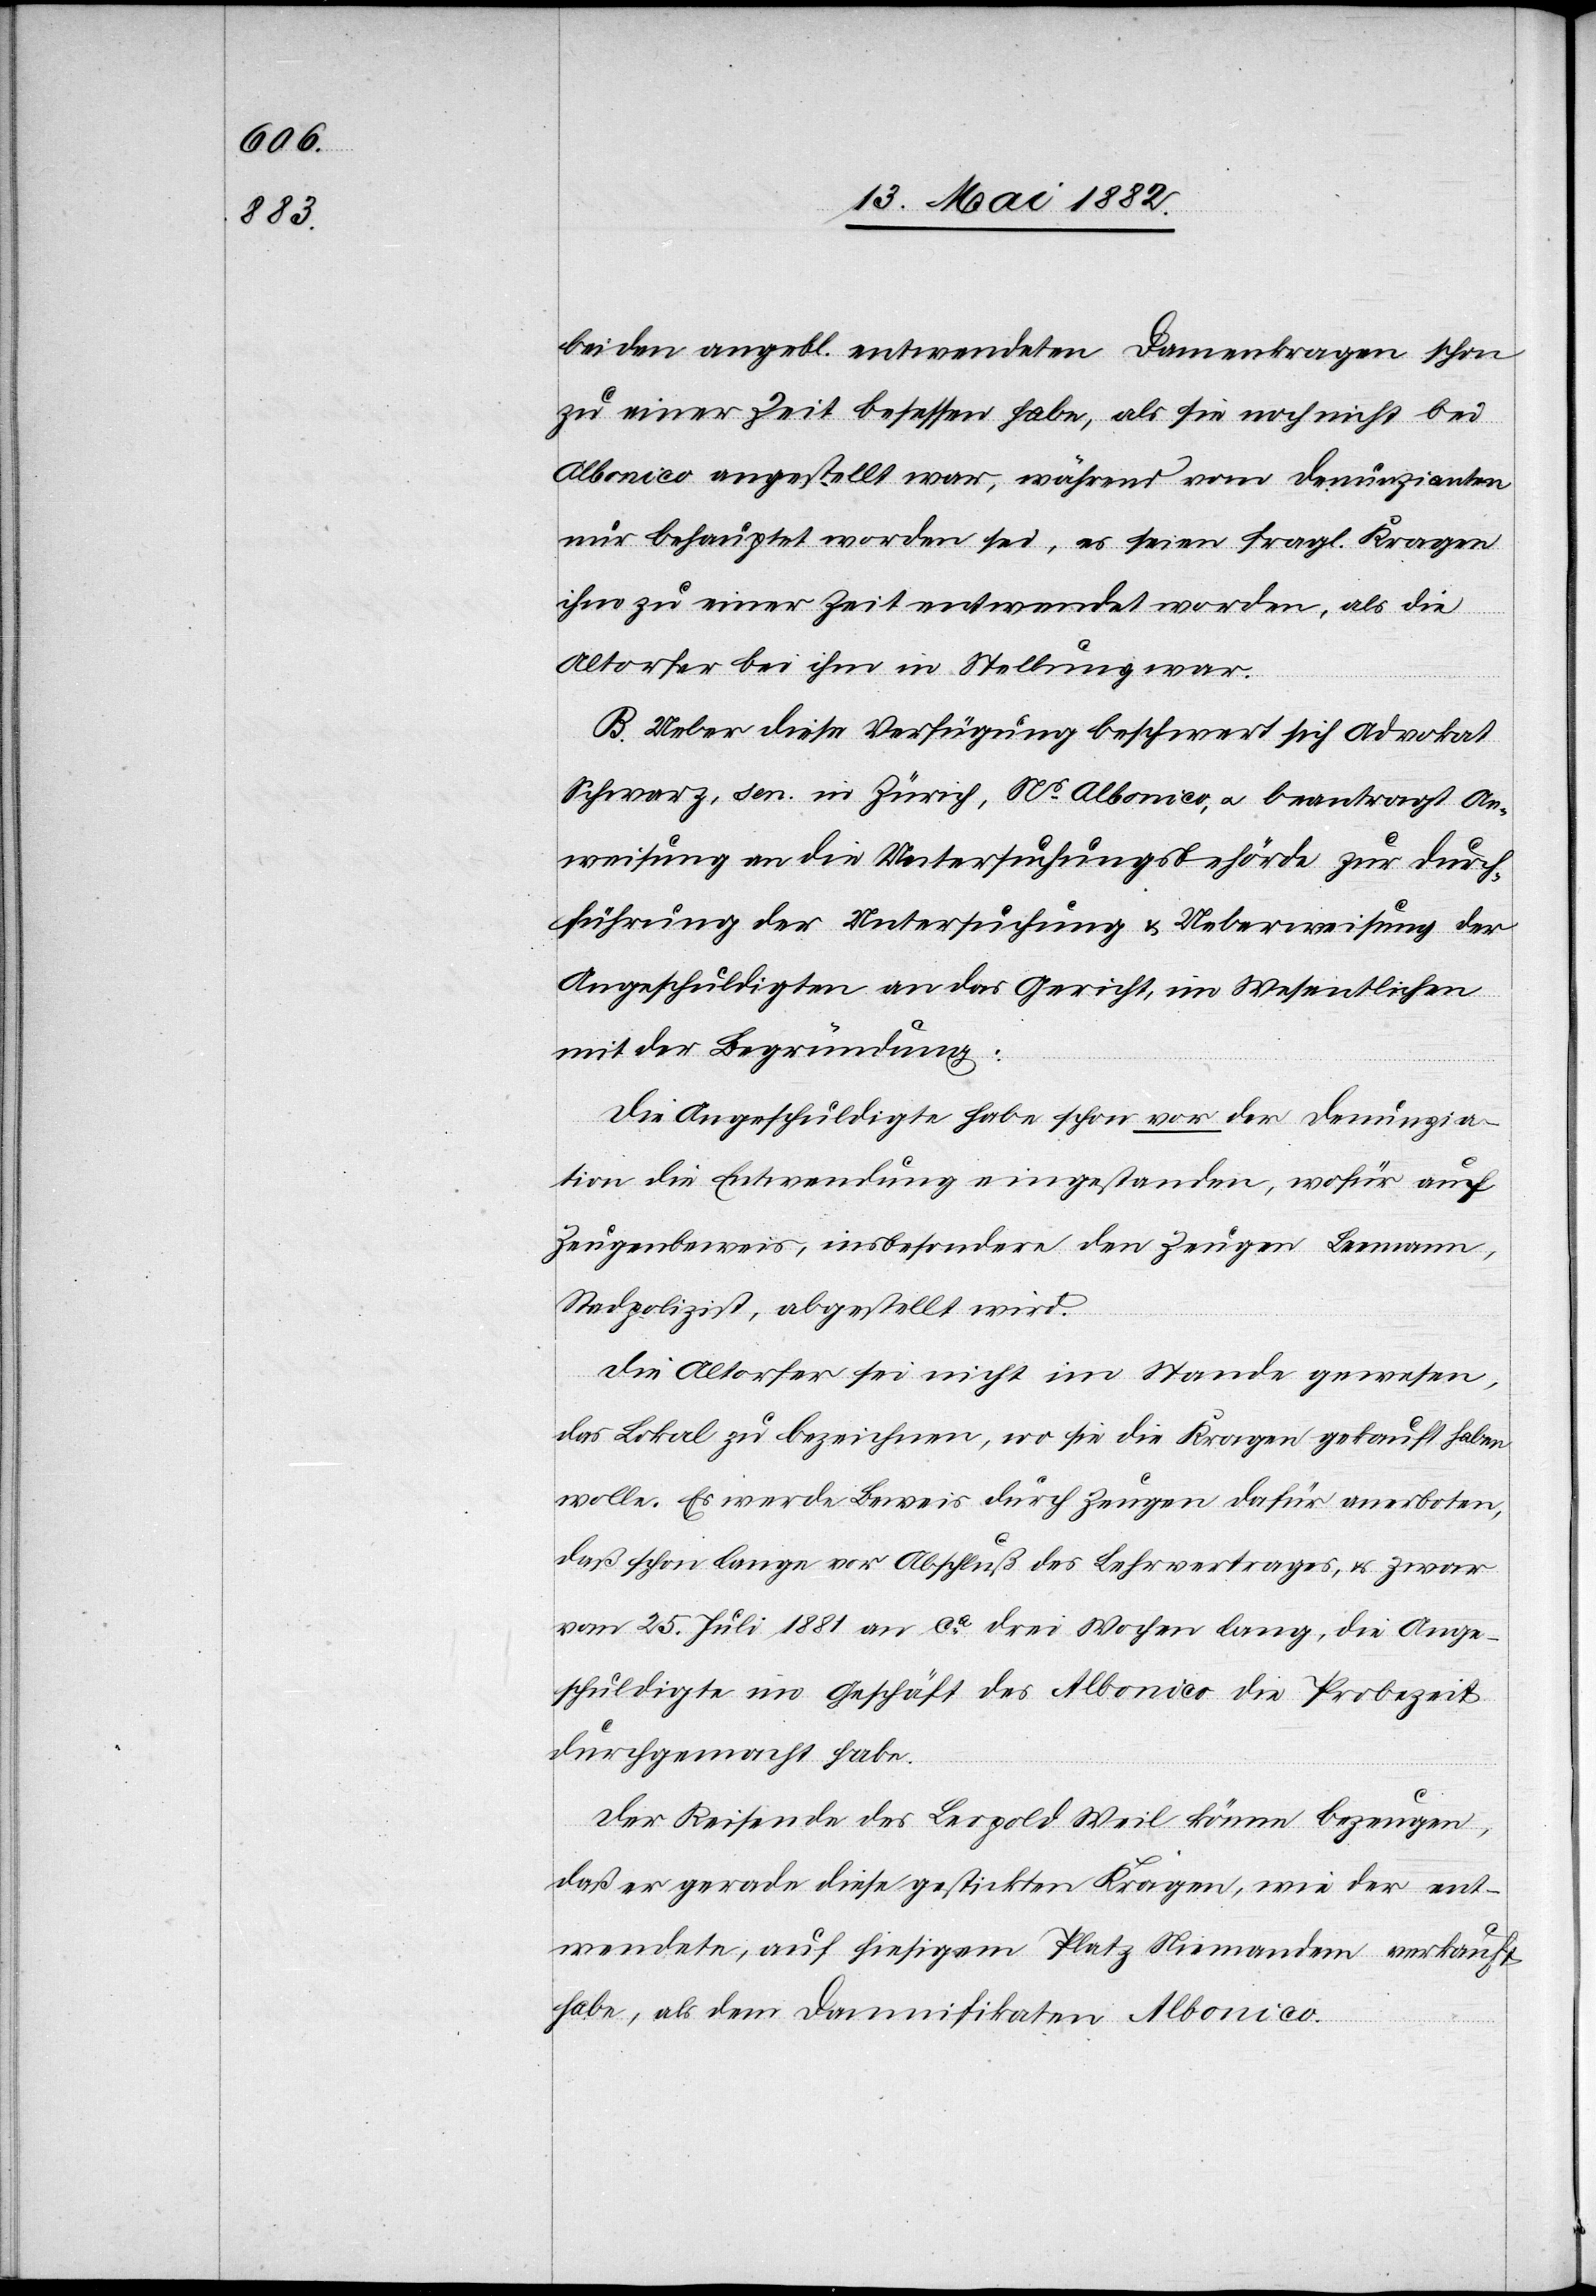
beiden angebl. entwendeten Damenkragen schon
zu einer Zeit besessen habe, als sie noch nicht bei
Albonico angestellt war, während vom Denunzianten
nur behauptet worden sei, es seien fragl. Kragen
ihm zu einer Zeit entwendet worden, als die
Altorfer bei ihm in Stellung war.
B. Ueber diese Verfügung beschwert sich Advokat
Schwarz, sen. in Zürich, Ns Albonico, u. beantragt An¬
weisung an die Untersuchungsbehörde zur Durch¬
führung der Untersuchung & Ueberweisung der
Angeschuldigten an das Gericht, im Wesentlichen
mit der Begründung:
Die Angeschuldigte habe schon vor der Denunzia¬
tion die Entwendung eingestanden, wofür auf
Zeugenbeweis, insbesondere den Zeugen Leemann,
Stadtpolizist, abgestellt wird.
Die Altorfer sei nicht im Stande gewesen,
das Lokal zu bezeichnen, wo sie die Kragen gekauft haben
wolle. Es werde Beweis durch Zeugen dafür anerboten,
daß schon lange vor Abeschluß des Lehrvertrages, & zwar
vom 25. Juli 1881 an ca drei Wochen lang, die Ange¬
schuldigte im Geschäft des Albonico die Probezeit
durchgemacht habe.
Der Reisende des Leopold Weil könne bezeugen,
daß er gerade diese gestickten Kragen, wie der ent¬
wendete [sic!], auf hiesigem Platz Niemandem verkauft
habe, als dem Damnifikaten Albonico.